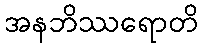
အနဘိဿရောတိ